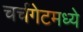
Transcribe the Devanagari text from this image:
चर्चगेटमध्ये